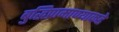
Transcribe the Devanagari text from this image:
बुद्धिप्रामाण्याकडे